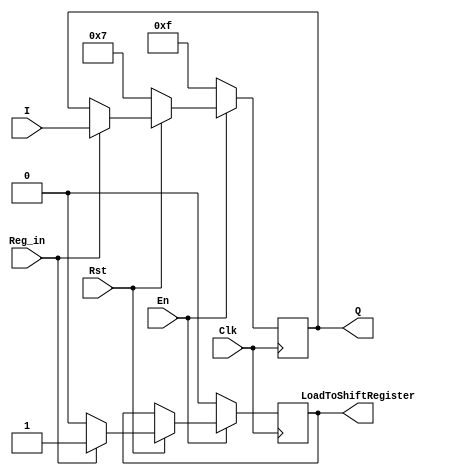
// ECE 6370
`timescale 1ns/10ps
module MyRegister(En,Reg_in,I,Q,LoadToShiftRegister,Clk,Rst);
input Reg_in, En;
input [3:0] I;
output [3:0] Q;
output LoadToShiftRegister;
reg LoadToShiftRegister;
reg [3:0] Q;
input Clk, Rst;

always @(posedge Clk)
begin
if(En == 1)
begin
if(Rst == 0)
begin
Q <= 4'b0111;
end
else if(Reg_in == 1)
begin
Q <= I;
LoadToShiftRegister <= 1;
end
else
begin
LoadToShiftRegister <= 0;
end
end
else
begin
Q <= 4'b1111;
LoadToShiftRegister <= 0;
end
end
endmodule